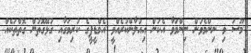
މޫސަ މި ނިންމެވުން ނިންމަވާ އެކަން އިއުލާންކުރެއްވީ އެމްޑީޕީގެ ކުރިމަގާއި ގުޅޭގޮތުން ގޮތްތަކެއް